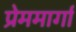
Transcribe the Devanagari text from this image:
प्रेममार्गा